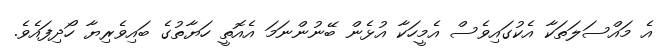
އެ މައްސަލަތަކާ އެކުގައިވެސް އެމީހަކާ އުޅެން ބޭނުންނަމަ އެއޮތީ ހަޔާތުގެ ބައިވެރިޔާ ހޯދިފައެވެ.